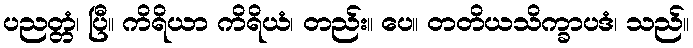
ပညတ္တံ၊ ပြီ။ ကိရိယာ ကိရိယံ၊ တည်း။ ပေ။ တတိယသိက္ခာပဒံ၊ သည်။